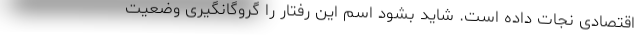
اقتصادی نجات داده است. شاید بشود اسم این رفتار را گروگانگیری وضعیت